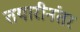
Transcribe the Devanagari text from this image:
तयारीनंतर